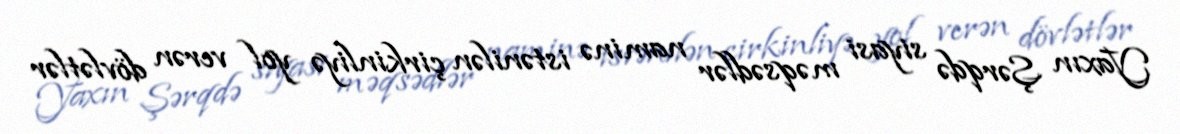
Yaxın Şərqdə siyasi məqsədlər naminə istənilən çirkinliyə yol verən dövlətlər